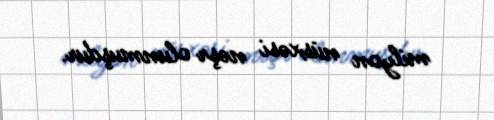
milyon nüsxəsi nəşr olunmuşdur.